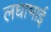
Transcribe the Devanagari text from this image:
लधाभाई